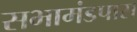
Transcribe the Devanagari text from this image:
सभामंडपास